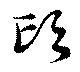
頭